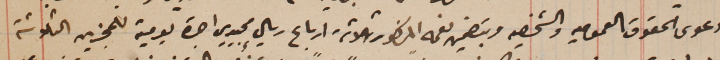
دعوى الحقوق العموميه والشخصيه وبتضمين نعمه المذكور ثلاثة ارباع ريال مجيدي اجرة يومية للمجزين الثلاثة